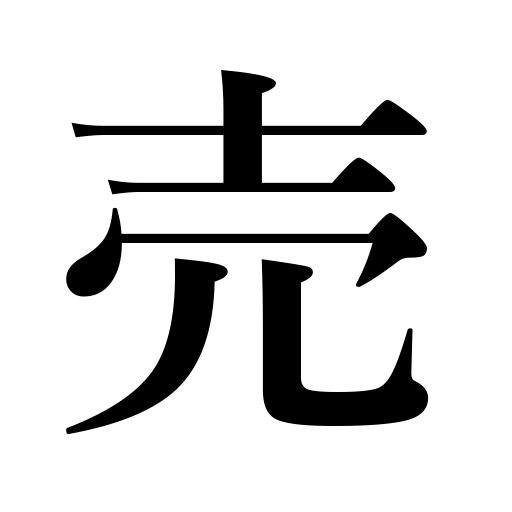
Meanings: deal in,enjoy a large sale,deceive,betray,sell,tell on,be in demand,selling,be well known,impose on,pick a quarrel